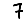
Digit: 7